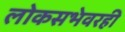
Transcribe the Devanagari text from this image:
लोकसभेवरही